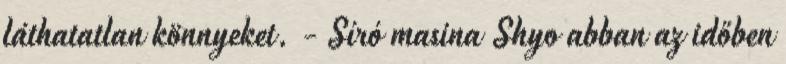
láthatatlan könnyeket. - Síró masina Shyo abban az időben